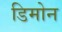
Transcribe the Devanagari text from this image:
डिमोन